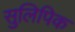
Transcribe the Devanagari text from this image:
सुलिपिक